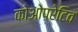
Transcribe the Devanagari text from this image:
कोओपरेटिव